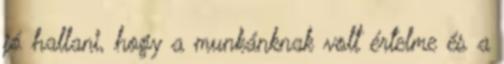
jó hallani, hogy a munkánknak volt értelme és a